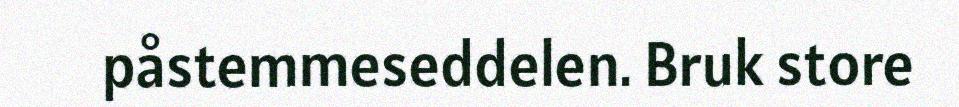
påstemmeseddelen. Bruk store